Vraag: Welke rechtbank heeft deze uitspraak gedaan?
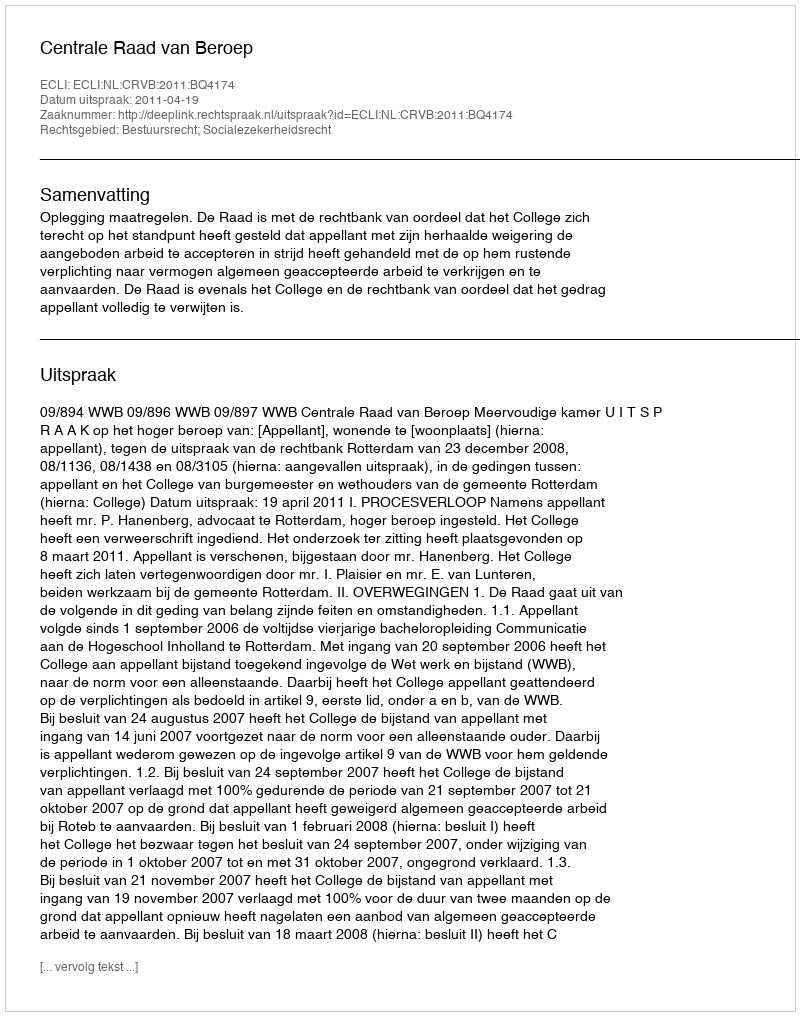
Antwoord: Centrale Raad van Beroep